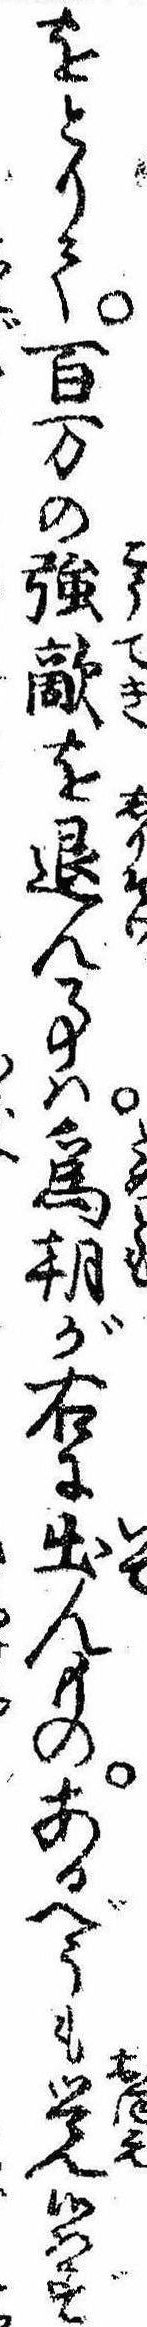
をとりて百万の強敵を退ん事は為朝が右に出んものあるべうも覚候はず